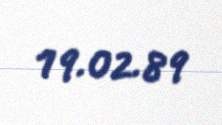
19.02.89